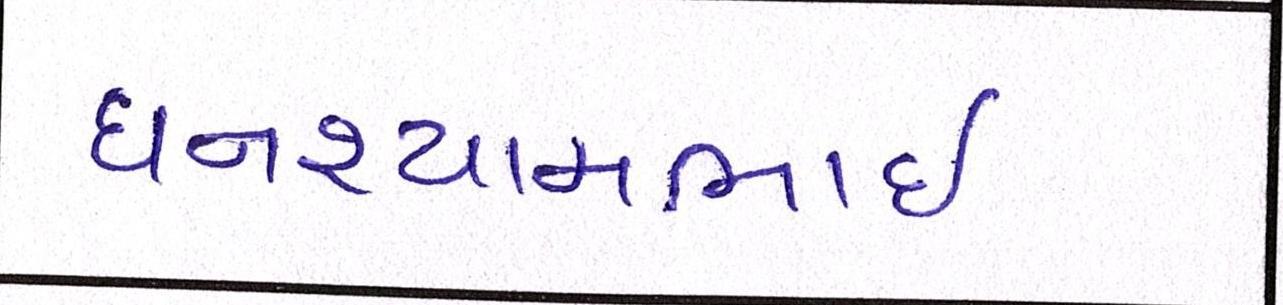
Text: ઘનશ્યામભાઈ